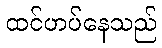
ထင်ဟပ်နေသည်